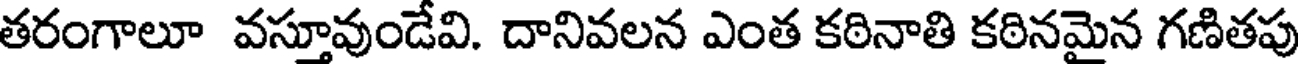
తరంగాలూ వస్తూవుండేవి. దానివలన ఎంత కఠినాతి కఠినమైన గణితపు